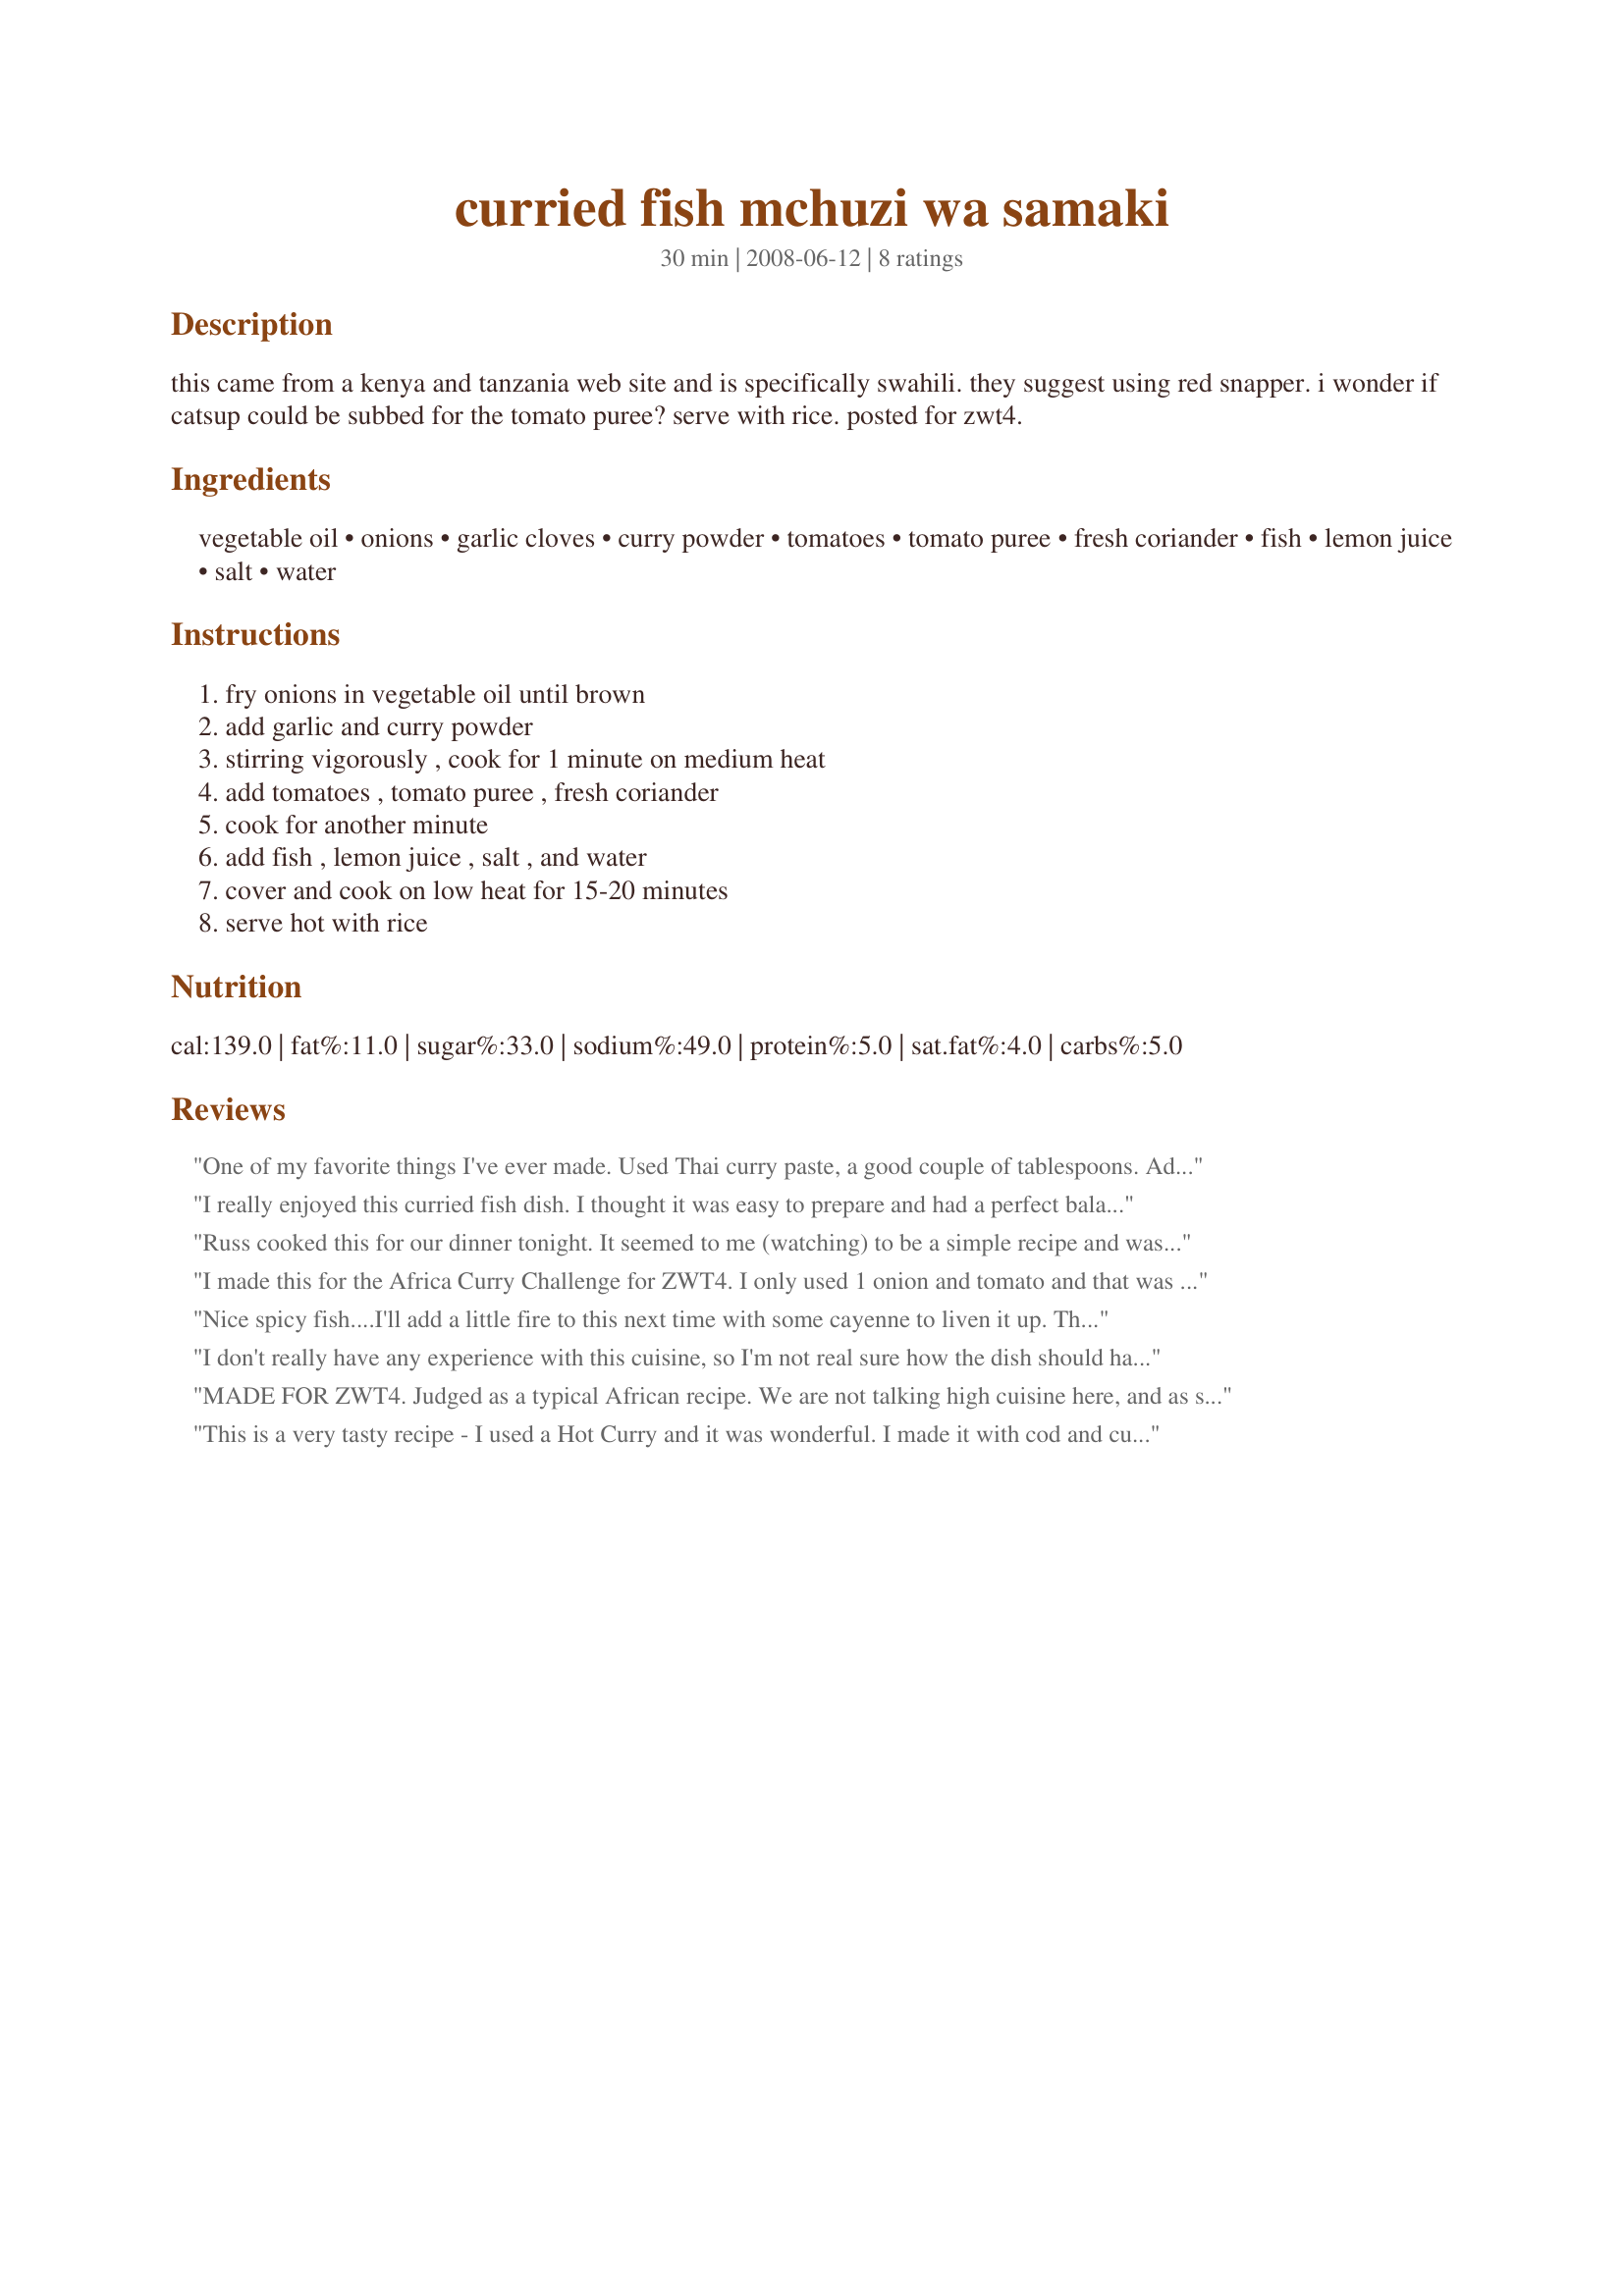
curried fish mchuzi wa samaki
Preparation time: 30 minutes

this came from a kenya and tanzania web site and is specifically swahili. they suggest using red snapper. i wonder if catsup could be subbed for the tomato puree? serve with rice. posted for zwt4.

Ingredients:
vegetable oil, onions, garlic cloves, curry powder, tomatoes, tomato puree, fresh coriander, fish, lemon juice, salt, water

Steps:
fry onions in vegetable oil until brown, add garlic and curry powder, stirring vigorously , cook for 1 minute on medium heat, add tomatoes , tomato puree , fresh coriander, cook for another minute, add fish , lemon juice , salt , and water, cover and cook on low heat for 15-20 minutes, serve hot with rice

Reviews:
One of my favorite things I've ever made. Used Thai curry paste, a good couple of tablespoons. Added cilantro after cooked. Made with cod filets.
I really enjoyed this curried fish dish. I thought it was easy to prepare and had a perfect balance of flavors. I followed all directions and ingredients as posted with the exceptions of using olive oil for vegetable oil, 3-4 tsp of hot curry powder and tomato paste for the "puree." I used red snapper as suggested in the description. I would have this dish again. Thanks for posting.
Russ cooked this for our dinner tonight. It seemed to me (watching) to be a simple recipe and was very yummy to eat! He used half a 440g can of tomatoes, three teaspoons of curry powder and tomato paste rather than puree. We catch and eat a lot of fish and I have to say I really enjoyed this one. Aussies, we used leatherjacket fillets and as Russ had cut them to bite-sized, he simmered the sauce for about 15 minutes, then slipped the fish in and cooked for about 3 more minutes.
I made this for the Africa Curry Challenge for ZWT4. I only used 1 onion and tomato and that was more than enough. I enjoyed this simple tasting dish and may use cayenne to up the heat a little bit. Other than that, a simple tasty fish dish. Thanks!!
Nice spicy fish....I'll add a little fire to this next time with some cayenne to liven it up. This recipe is really visually appealing, so it would be nice for a dinner party. But it's quick enough for a week night. Thanks for sharing!
I don't really have any experience with this cuisine, so I'm not real sure how the dish should have come out. The visual was nice - white fish, red sauce, and the green coriander leaves. For me, the taste was completely dominated by the coriander. Next time I would use much less, chop it very finely, and also add somewhat more curry powder. I used flounder, and (US) tomato paste, since such a small quantity of our puree didn't seem to make sense.
MADE FOR ZWT4. Judged as a typical African recipe. We are not talking high cuisine here, and as such this is really typical of the Kenyan, Mozambican and Tanzanian coast! I made this with a firm-fleshed local fish. Even though we are only 2 people eating, and there will be leftovers, I used about 2 lbs of fish. (Fish tends to shrink alarmingly!) Otherwise, I stayed with 2 onions, but doubled the curry powder (I used a very nice Cape Malay -- mild -- curry powder). I also used only 1 Tbsp lemon juice instead of doubling it, and I added some brown sugar to offset the acidity of the tomatoes and lemon juice. For salt, I used a mixture I can't live without: it has sea salt flakes mixed with finely crushed, dried chilli flakes, lime rind and coriander seeds. The recipe made quite a lot of sauce. but that's fine, as that's how it will be made in a Kenyan (etc.) home. The sauce will "stretch" the meal and be used over a cornmeal "porridge". I made basmati rice. I also cooked butternut squash with cinnamon, and sliced fennel bulbs simmered with chicken stock (broth). Plus a mixed salad. Nice mix of tastes! A fish curry should never be so strong as to overpower the delicate fish, and this came out just right. Great, thank you, WiGal!
This is a very tasty recipe - I used a Hot Curry and it was wonderful. I made it with cod and cut the recipe in half - A definite do again recipe thanks for posting WiGal
